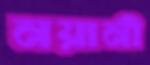
নয়ানী